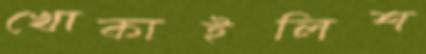
খোকাইলিশ